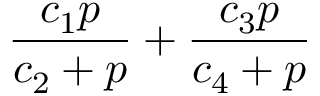
\frac { c _ { 1 } p } { c _ { 2 } + p } + \frac { c _ { 3 } p } { c _ { 4 } + p }